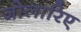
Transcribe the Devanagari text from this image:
जोलारिए